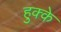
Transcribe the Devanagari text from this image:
हुक्‍के